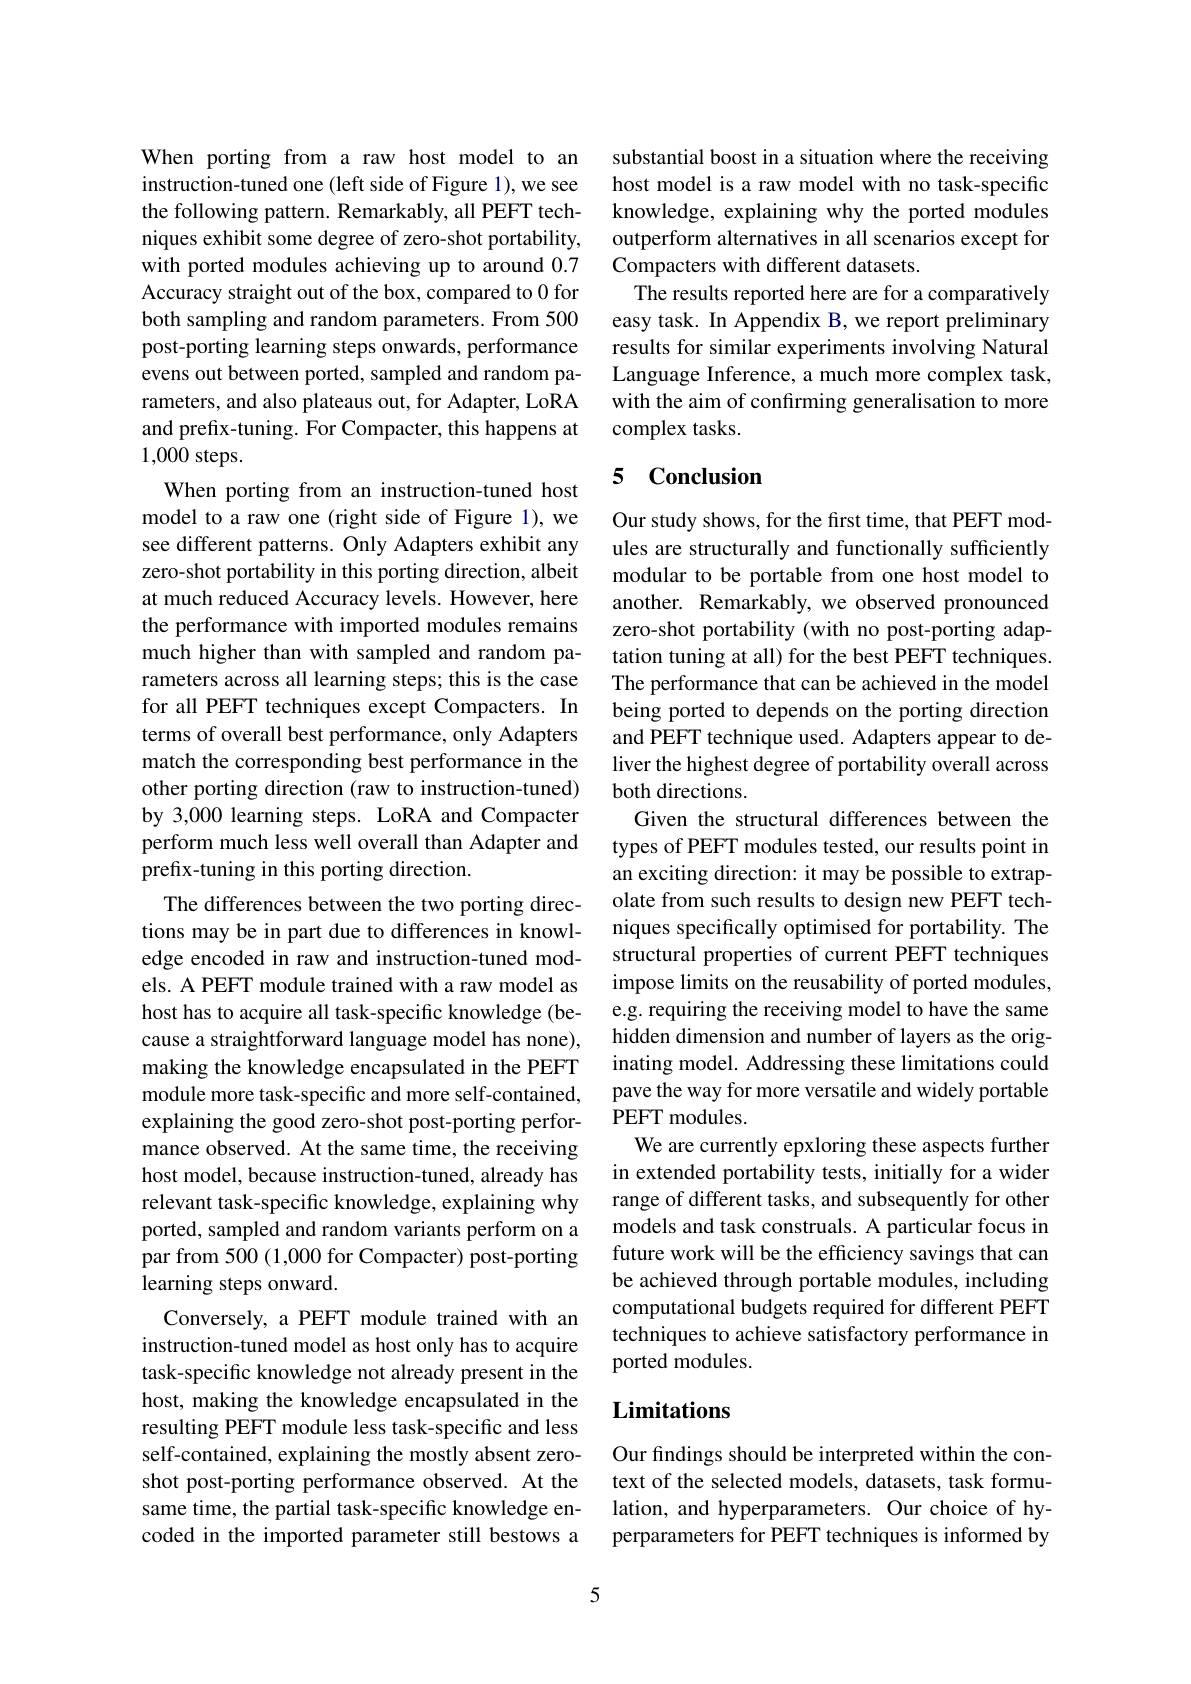
When porting from a raw host model to an instruction-tuned one (left side of Figure 1), we see the following pattern. Remarkably, all PEFT techniques exhibit some degree of zero-shot portability, with ported modules achieving up to around 0.7 Accuracy straight out of the box, compared to 0 for both sampling and random parameters. From 500 post-porting learning steps onwards, performance evens out between ported, sampled and random parameters, and also plateaus out, for Adapter, LoRA and prefix-tuning. For Compacter, this happens at 1,000 steps.
When porting from an instruction-tuned host model to a raw one (right side of Figure 1), we see different patterns. Only Adapters exhibit any zero-shot portability in this porting direction, albeit at much reduced Accuracy levels. However, here the performance with imported modules remains much higher than with sampled and random parameters across all learning steps; this is the case for all PEFT techniques except Compacters. In terms of overall best performance, only Adapters match the corresponding best performance in the other porting direction (raw to instruction-tuned) by 3,000 learning steps. LoRA and Compacter perform much less well overall than Adapter and prefix-tuning in this porting direction.
The differences between the two porting direc- olate from such results to design new PEFT tech-
tions may be in part due to differences in knowledge encoded in raw and instruction-tuned models. A PEFT module trained with a raw model as host has to acquire all task-specific knowledge (because a straightforward language model has none), making the knowledge encapsulated in the PEFT module more task-specific and more self-contained, explaining the good zero-shot post-porting performance observed. At the same time, the receiving host model, because instruction-tuned, already has relevant task-specific knowledge, explaining why ported, sampled and random variants perform on a par from 500(1,000 for Compacter) post-porting learning steps onward.
Conversely, a PEFT module trained with an instruction-tuned model as host only has to acquire task-specific knowledge not already present in the host, making the knowledge encapsulated in the resulting PEFT module less task-specific and less self-contained, explaining the mostly absent zeroshot post-porting performance observed. At the same time, the partial task-specific knowledge encoded in the imported parameter still bestows a

substantial boost in a situation where the receiving host model is a raw model with no task-specific knowledge, explaining why the ported modules outperform alternatives in all scenarios except for Compacters with different datasets.
The results reported here are for a comparatively easy task. In Appendix B, we report preliminary results for similar experiments involving Natural Language Inference, a much more complex task, with the aim of confirming generalisation to more complex tasks.

## 5 Conclusion

Our study shows, for the first time, that PEFT modules are structurally and functionally sufficiently modular to be portable from one host model to another. Remarkably, we observed pronounced zero-shot portability (with no post-porting adaptation tuning at all) for the best PEFT techniques. The performance that can be achieved in the model being ported to depends on the porting direction and PEFT technique used. Adapters appear to deliver the highest degree of portability overall across both directions.
Given the structural differences between the types of PEFT modules tested, our results point in an exciting direction: it may be possible to extrapniques specifically optimised for portability. The structural properties of current PEFT techniques impose limits on the reusability of ported modules, e.g. requiring the receiving model to have the same hidden dimension and number of layers as the originating model. Addressing these limitations could pave the way for more versatile and widely portable PEFT modules.
We are currently epxloring these aspects further in extended portability tests, initially for a wider range of different tasks, and subsequently for other models and task construals. A particular focus in future work will be the efficiency savings that can be achieved through portable modules, including computational budgets required for different PEFT techniques to achieve satisfactory performance in ported modules.

# Limitations

Our findings should be interpreted within the context of the selected models, datasets, task formulation, and hyperparameters. Our choice of hyperparameters for PEFT techniques is informed by

5